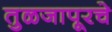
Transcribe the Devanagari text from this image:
तुळजापूरचे